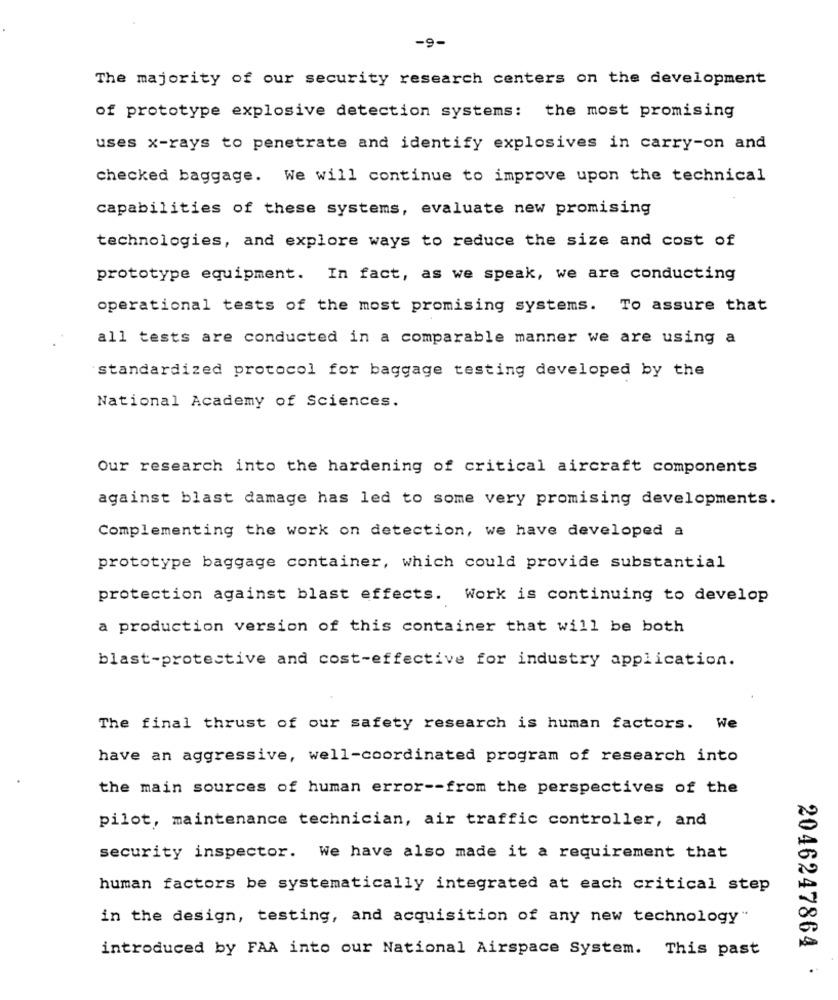
-9-
The majority of our security research centers on the development
of prototype explosive detection systems: the most promising
uses x-rays to penetrate and identify explosives in carry-on and
checked baggage. We will continue to improve upon the technical
capabilities of these systems, evaluate new promising
technologies, and explore ways to reduce the size and cost of
prototype equipment. In fact, as we speak, we are conducting
operational tests of the most promising systems. To assure that
all tests are conducted in a comparable manner we are using a
standardized protocol for baggage testing developed by the
National Academy of Sciences.
Our research into the hardening of critical aircraft components
against blast damage has led to some very promising developments.
Complementing the work on detection, we have developed a
prototype baggage container, which could provide substantial
protection against blast effects. Work is continuing to develop
a production version of this container that will be both
blast-protective and cost-effective for industry application.
The final thrust of our safety research is human factors. We
have an aggressive, well-coordinated program of research into
the main sources of human error -- from the perspectives of the
pilot, maintenance technician, air traffic controller, and
security inspector. We have also made it a requirement that
human factors be systematically integrated at each critical step
in the design, testing, and acquisition of any new technology"
introduced by FAA into our National Airspace System. This past
2046247864 .